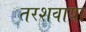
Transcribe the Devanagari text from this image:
तरशवाया